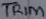
Text: TRIM